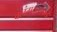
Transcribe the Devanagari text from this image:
वलंगकरांकडे